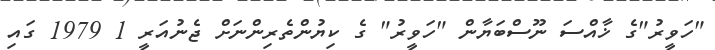
"ހަވީރު"ގެ ޚާއްސަ ނޫސްބަޔާން "ހަވީރު" ގެ ކިޔުންތެރިންނަށް ޖެނުއަރީ 1 1979 ގައި